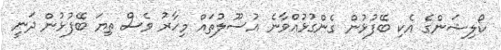
ކޯލިޝަންގެ އެކި ބޭފުޅުން ގެންގުޅުއްވާނެ އުސޫލުތައް މިހާރު ވެސް ތިޔަ ބޭފުޅުން ދަނީ